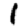
Digit: 1